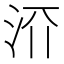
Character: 𬇝